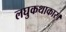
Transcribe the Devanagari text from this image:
लघुकथाकार।